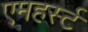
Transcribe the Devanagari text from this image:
एमहर्स्‍ट